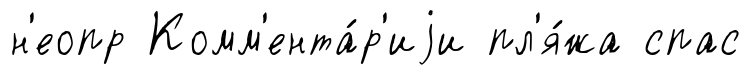
н'еопр Комм'ента́р'иjи пл'я́жа спас